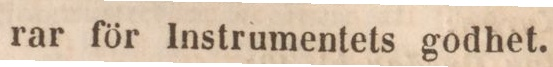
rar för Instrumentets godhet.